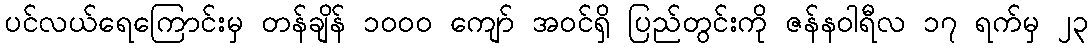
ပင်လယ်ရေကြောင်းမှ တန်ချိန် ၁ဝဝဝ ကျော် အဝင်ရှိ ပြည်တွင်းကို ဇန်နဝါရီလ ၁၇ ရက်မှ ၂၃